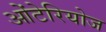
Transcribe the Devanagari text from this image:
ओंटेरियोज